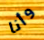
وأنا